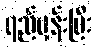
ရည်မှန်းပြီး